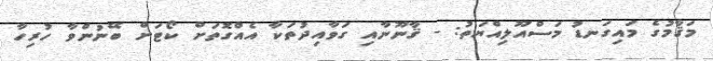
މަޤާމުގެ މައިގަނޑު މަސްއޫލިއްޔަތު: - ޤާނޫނާއި ގަވާއިދުތަކާ އެއްގޮތަށް ކޯޓަށް ބޭނުންވާ ހުރިހާ